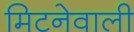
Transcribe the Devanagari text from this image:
मिटनेवाली